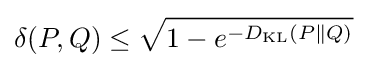
\delta (P,Q)\leq {\sqrt {1-e^{-D_{\mathrm {KL} }(P\parallel Q)}}}